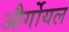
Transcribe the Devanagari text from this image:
और्गोयल